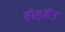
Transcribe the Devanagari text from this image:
होइहैंउ